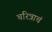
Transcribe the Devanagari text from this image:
चरित्राचं